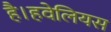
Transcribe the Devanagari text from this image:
है।हवेलियस